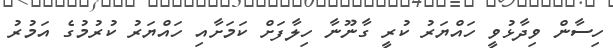
ހިސާން ވިދާޅުވީ ހައްޔަރު ކުރީ ގާނޫނާ ހިލާފަށް ކަމަށާއި ހައްޔަރު ކުރުމުގެ އަމުރު